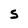
Character: s